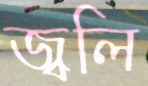
জ্বলি